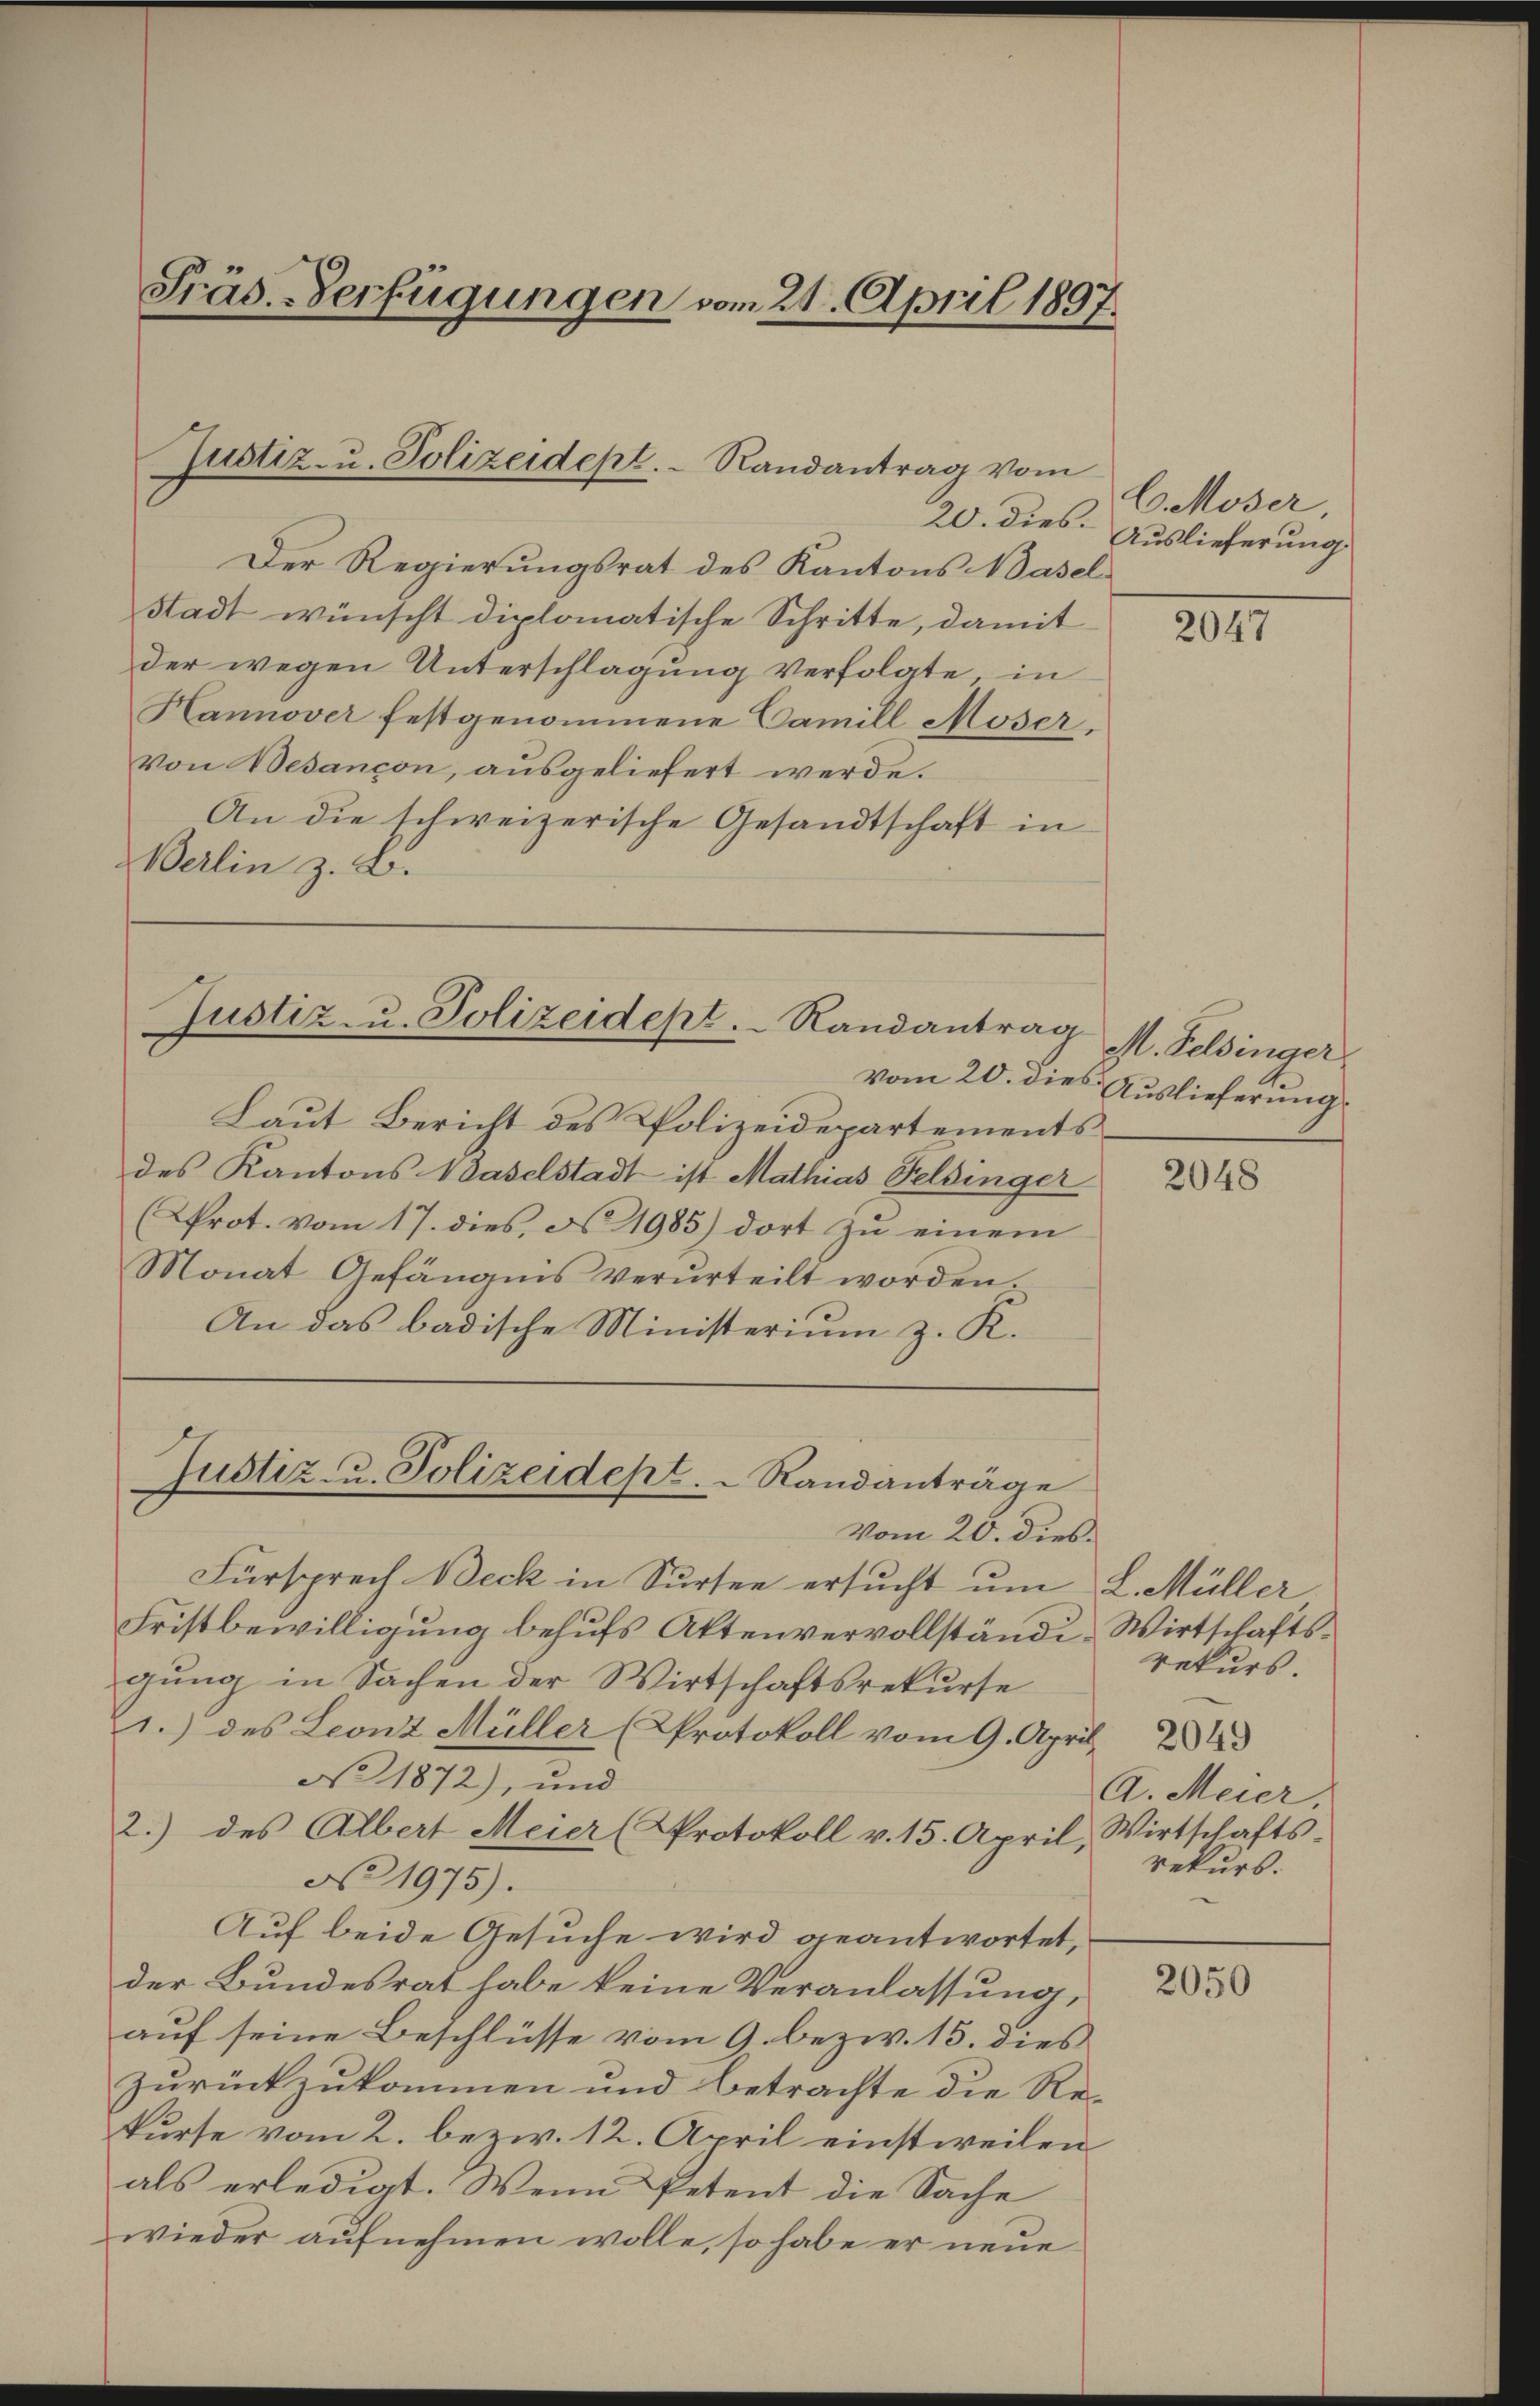
Präs.-Verfügungen vom 21. April 1897.

Justiz- u. Polizeidept. Randantrag vom

20. dies.
Der Regierungsrat des Kantons Basel
Stadt wünscht diplomatische Schritte, damit
der wegen Unterschlagung verfolgte, in
Hannover festgenommene Camill Moser,
Von Besançon, ausgeliefert werde.
An die schweizerische Gesandtschaft in
Berlin z. B.

Justiz- u. Polizeidept. Randantrag

Laut Bericht des Polizeidepartements
des Kantons Waselstadt ist Mathias Feldinger
(Prot. vom 17. dies, No. 1985) dort zu einem
Monat Gefängnis verurteilt worden.
An das badische Ministerium z. K.

Justiz- u. Polizeidept.   Randanträge

C. Moser
Auslieferung

Vom 20. dieb.
Fürsprech Beck in Sursee ersucht um L. Müller
Fristbewilligung behufs Aktenvervollständi-Wirtschaftsgung in Sachen der Wirtschaftsrekurse
1.) des Leonz Müller (Protokoll vom 9. April 243
No 1872), und
2.) des Albert Meier (Protokoll v. 15. April, Wirtschafts-
No 1975).
Auf beide Gesuche wird geantwortet,
der Bundesrat habe keine Veranlassung,
auf seine Beschlüsse vom 9. bezw. 13. dies
Zurückzukommen und betrachte die Rekurse vom 2. bezw. 12. April einstweilen.
als erledigt. Wenn Petent die Sache
wieder aufnehmen wolle, so habe er neue

2047

M. Feldinger.
vom 20. dies Auslieferung

2048

rekurs.
A. Meier.
rekurs.

2050